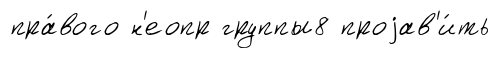
пра́вого н'еопр группы8 проjав'и́ть